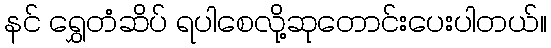
နင် ရွှေတံဆိပ် ရပါစေလို့ဆုတောင်းပေးပါတယ်။